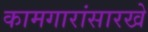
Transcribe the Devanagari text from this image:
कामगारांसारखे